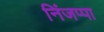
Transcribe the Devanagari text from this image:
निंजप्पा